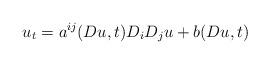
LaTeX: \begin{align*}u_t=a^{ij}(Du, t) D_iD_j u+b(Du, t) \end{align*}